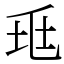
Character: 𡊥